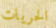
الحريات